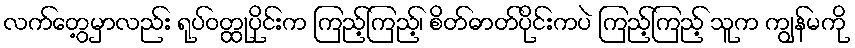
လက်တွေ့မှာလည်း ရုပ်ဝတ္ထုပိုင်းက ကြည့်ကြည့်၊ စိတ်ဓာတ်ပိုင်းကပဲ ကြည့်ကြည့် သူက ကျွန်မကို